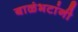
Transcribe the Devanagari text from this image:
बाळंभटांनी